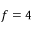
f = 4